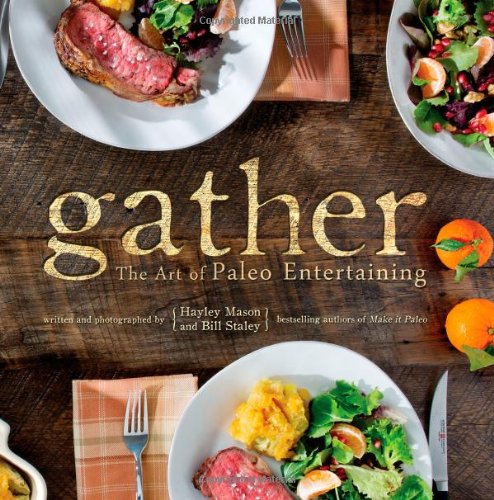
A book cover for Gather, the Art of Paleo Entertaining; Bill Staley; Cookbooks, Food & Wine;